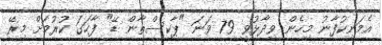
އެމަނިކުފާނު މިހެން ވިދާޅުވީ 79 ވަނަ "ޕާކިސްތާން ޑޭ" ފާހަގަ ކުރުމަށް މިރޭ